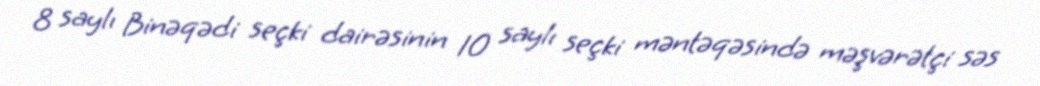
8 saylı Binəqədi seçki dairəsinin 10 saylı seçki məntəqəsində məşvərətçi səs